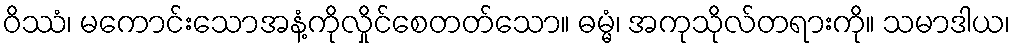
ဝိဿံ၊ မကောင်းသောအနံ့ကိုလှိုင်စေတတ်သော။ ဓမ္မံ၊ အကုသိုလ်တရားကို။ သမာဒါယ၊